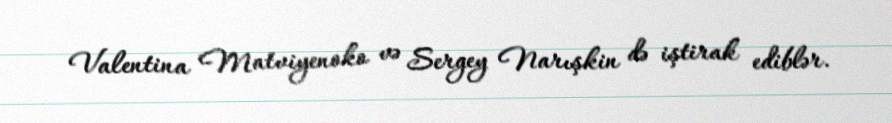
Valentina Matviyenoko və Sergey Narışkin də iştirak ediblər.